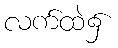
လက်ထဲ၌